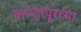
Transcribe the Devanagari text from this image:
कान्हापूरच्या